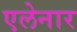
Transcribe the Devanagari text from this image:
एलेनार